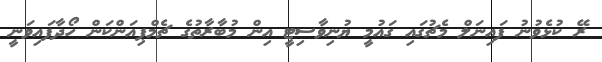
ރޭ ކުޅެވުނު ފައިނަލް މެޗުގައި ގައުމީ ޔުނިވާސިޓީ އިން މުބާރާތުގެ ޗެމްޕިއަންކަން ހޯދާފައިވަނީ